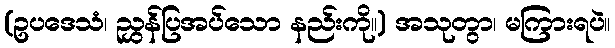
(ဥပဒေသံ၊ ညွှန်ပြအပ်သော နည်းကို။) အသုတွာ၊ မကြားရပဲ။